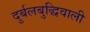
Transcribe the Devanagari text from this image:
दुर्बलबुद्धिवाली